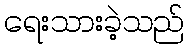
ရေးသားခဲ့သည်